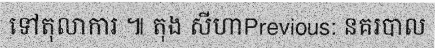
ទៅតុលាការ ៕ តុង សីហាPrevious: នគរបាល